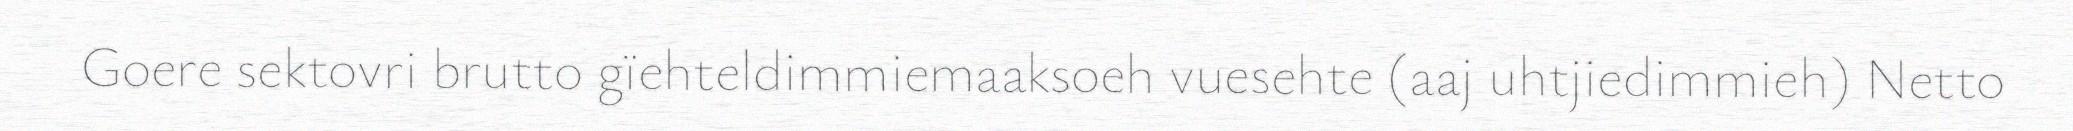
Goere sektovri brutto gïehteldimmiemaaksoeh vuesehte (aaj uhtjiedimmieh) Netto